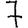
Digit: 7